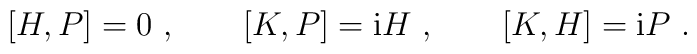
[H,P]  =  0 \ , \qquad [K,P]={\rm i}H \ , \qquad [K,H]={\rm i}P \ .